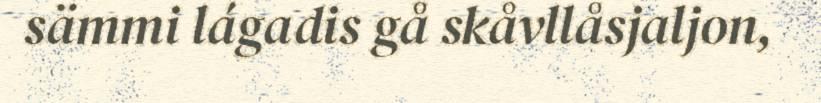
sämmi lágadis gå skåvllåsjaljon,